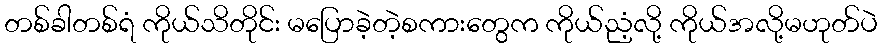
တစ်ခါတစ်ရံ ကိုယ်သိတိုင်း မပြောခဲ့တဲ့စကားတွေက ကိုယ်ညံ့လို့ ကိုယ်အလို့မဟုတ်ပဲ